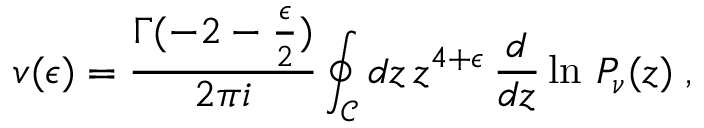
v ( \epsilon ) = \frac { \Gamma ( - 2 - { \frac { \epsilon } { 2 } } ) } { 2 \pi i } \oint _ { \mathcal C } d z \, z ^ { 4 + \epsilon } \, \frac { d } { d z } \ln \, P _ { \nu } ( z ) \; ,